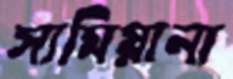
সামিয়ানা